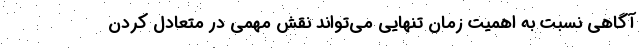
آگاهی نسبت به اهمیت زمانِ تنهایی می‌تواند نقش مهمی در متعادل کردن